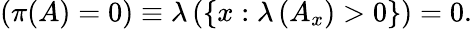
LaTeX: (\pi(A)=0)\equiv\lambda\left(\left\{ x:\lambda\left(A_{x}\right)>0\right\} \right)=0.